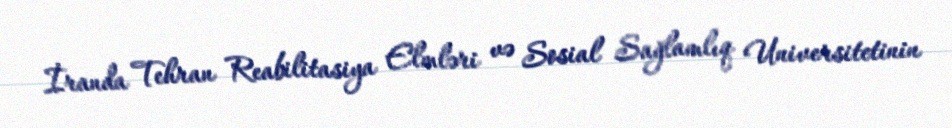
İranda Tehran Reabilitasiya Elmləri və Sosial Sağlamlıq Universitetinin